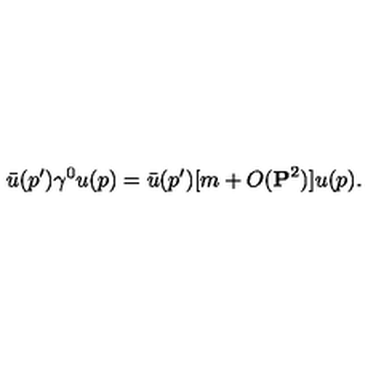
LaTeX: \bar { u } ( p ^ { \prime } ) \gamma ^ { 0 } u ( p ) = \bar { u } ( p ^ { \prime } ) [ m + O ( { \bf P } ^ { 2 } ) ] u ( p ) .